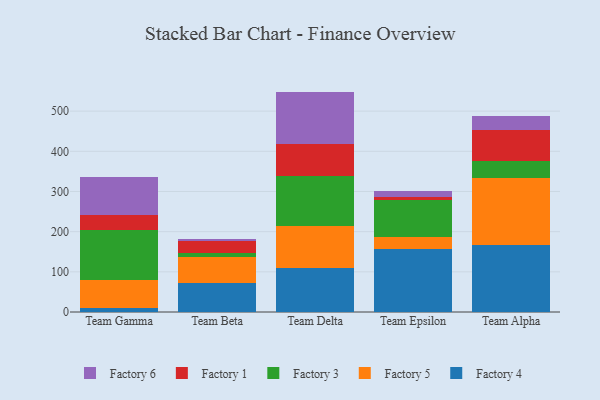
{"axis": {"x": "Team", "y": "Net Income (USD K)"}, "legend": ["Factory 1", "Factory 3", "Factory 4", "Factory 5", "Factory 6"], "data": [{"x": "Team Gamma", "y": 9.1, "type": "Factory 4"}, {"x": "Team Gamma", "y": 70.7, "type": "Factory 5"}, {"x": "Team Gamma", "y": 125.2, "type": "Factory 3"}, {"x": "Team Gamma", "y": 35.8, "type": "Factory 1"}, {"x": "Team Gamma", "y": 96.2, "type": "Factory 6"}, {"x": "Team Beta", "y": 72.2, "type": "Factory 4"}, {"x": "Team Beta", "y": 64.1, "type": "Factory 5"}, {"x": "Team Beta", "y": 10.6, "type": "Factory 3"}, {"x": "Team Beta", "y": 29.1, "type": "Factory 1"}, {"x": "Team Beta", "y": 5.0, "type": "Factory 6"}, {"x": "Team Delta", "y": 109.4, "type": "Factory 4"}, {"x": "Team Delta", "y": 105.8, "type": "Factory 5"}, {"x": "Team Delta", "y": 123.8, "type": "Factory 3"}, {"x": "Team Delta", "y": 79.7, "type": "Factory 1"}, {"x": "Team Delta", "y": 129.9, "type": "Factory 6"}, {"x": "Team Epsilon", "y": 156.1, "type": "Factory 4"}, {"x": "Team Epsilon", "y": 29.7, "type": "Factory 5"}, {"x": "Team Epsilon", "y": 92.5, "type": "Factory 3"}, {"x": "Team Epsilon", "y": 8.2, "type": "Factory 1"}, {"x": "Team Epsilon", "y": 14.1, "type": "Factory 6"}, {"x": "Team Alpha", "y": 165.8, "type": "Factory 4"}, {"x": "Team Alpha", "y": 168.1, "type": "Factory 5"}, {"x": "Team Alpha", "y": 42.1, "type": "Factory 3"}, {"x": "Team Alpha", "y": 76.6, "type": "Factory 1"}, {"x": "Team Alpha", "y": 35.1, "type": "Factory 6"}]}